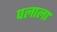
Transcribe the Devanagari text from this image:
पलाला